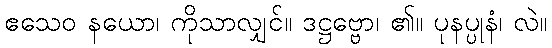
ဧသေဝ နယော၊ ကိုသာလျှင်။ ဒဋ္ဌဗ္ဗော၊ ၏။ ပုနပ္ပုနံ၊ လဲ။